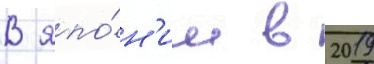
В япо́н'ии в 2019